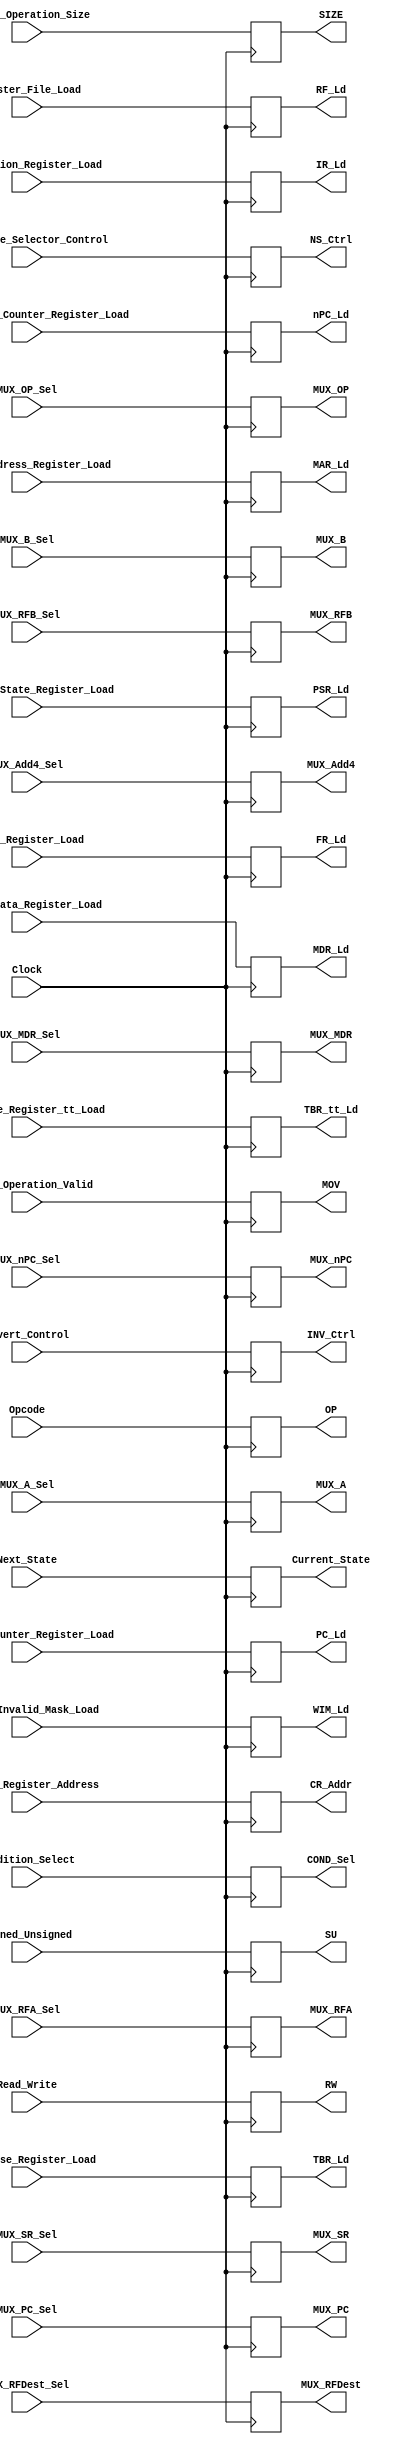
module Control_Register (
						/* -------------------- Output -------------------- */
						// Register Load Enable Control Signals
						output reg RF_Ld,
						output reg FR_Ld,
						output reg IR_Ld,
						output reg MAR_Ld,
						output reg MDR_Ld,
						output reg PSR_Ld,
						output reg nPC_Ld,
						output reg PC_Ld,
						output reg TBR_Ld,
						output reg TBR_tt_Ld,
						output reg WIM_Ld,
						// Multiplexer Select Control Signals
						output reg [1:0] MUX_A,
						output reg [1:0] MUX_B,
						output reg [1:0] MUX_OP,
						output reg [1:0] MUX_RFA,
						output reg [1:0] MUX_RFB,
						output reg [2:0] MUX_RFDest,
						output reg [1:0] MUX_nPC,
						output reg [1:0] MUX_PC,
						output reg [1:0] MUX_Add4,
						output reg [1:0] MUX_MDR,
						output reg [1:0] MUX_SR,
						// Memory Control Signals
						output reg RW,
						output reg MOV,
						output reg [1:0] SIZE,
						output reg SU,
						// Other Control Signals
						output reg [5:0] OP,
						// Feedback Control Signals
						output reg [8:0] CR_Addr,
						output reg [2:0] NS_Ctrl,
						output reg INV_Ctrl,
						output reg [1:0] COND_Sel,
						// Debugging
						output reg [8:0] Current_State,
						/* -------------------- Input -------------------- */
						// Register Load Enable Control Signals
						input Register_File_Load,
						input Flags_Register_Load,
						input Instruction_Register_Load,
						input Memory_Address_Register_Load,
						input Memory_Data_Register_Load,
						input Processor_State_Register_Load,
						input Next_Program_Counter_Register_Load,
						input Program_Counter_Register_Load,
						input Trap_Base_Register_Load,
						input Trap_Base_Register_tt_Load,
						input Window_Invalid_Mask_Load,
						// Multiplexer Select Control Signals
						input [1:0] MUX_A_Sel,
						input [1:0] MUX_B_Sel,
						input [1:0] MUX_OP_Sel,
						input [1:0] MUX_RFA_Sel,
						input [1:0] MUX_RFB_Sel,
						input [2:0] MUX_RFDest_Sel,
						input [1:0] MUX_PC_Sel,
						input [1:0] MUX_nPC_Sel,
						input [1:0] MUX_Add4_Sel,
						input [1:0] MUX_MDR_Sel,
						input [1:0] MUX_SR_Sel,
						// Memory Control Signals
						input Read_Write,
						input Memory_Operation_Valid,
						input [1:0] Memory_Operation_Size,
						input Signed_Unsigned,
						// Other Control Signals
						input [5:0] Opcode,
						// Feedback Control Signals
						input [8:0] Control_Register_Address,
						input [2:0] Next_State_Selector_Control,
						input Invert_Control,
						input [1:0] Condition_Select,
						// Clock
						input Clock,
						// Debugging
						input [8:0] Next_State
						);
						
	always @ (negedge Clock)
		begin
		RF_Ld <= Register_File_Load;
		FR_Ld <= Flags_Register_Load;
		IR_Ld <= Instruction_Register_Load;
		MAR_Ld <= Memory_Address_Register_Load;
		MDR_Ld <= Memory_Data_Register_Load;
		PSR_Ld <= Processor_State_Register_Load;
		nPC_Ld <= Next_Program_Counter_Register_Load;
		PC_Ld <= Program_Counter_Register_Load;
		TBR_Ld <= Trap_Base_Register_Load;
		TBR_tt_Ld <= Trap_Base_Register_tt_Load;
		WIM_Ld <= Window_Invalid_Mask_Load;
		// Multiplexer Select Control Signals
		MUX_A <= MUX_A_Sel;
		MUX_B <= MUX_B_Sel;
		MUX_OP <= MUX_OP_Sel;
		MUX_RFA <= MUX_RFA_Sel;
		MUX_RFB <= MUX_RFB_Sel;
		MUX_RFDest <= MUX_RFDest_Sel;
		MUX_nPC <= MUX_nPC_Sel;
		MUX_PC <= MUX_PC_Sel;
		MUX_Add4 <= MUX_Add4_Sel;
		MUX_MDR <= MUX_MDR_Sel;
		MUX_SR <= MUX_SR_Sel;
		// Memory Control Signals
		RW <= Read_Write;
		MOV <= Memory_Operation_Valid;
		SIZE <= Memory_Operation_Size;
		SU <= Signed_Unsigned;
		// Other Control Signals
		OP <= Opcode;
		// Feedback Control Signals
		CR_Addr <= Control_Register_Address;
		NS_Ctrl <= Next_State_Selector_Control;
		INV_Ctrl <= Invert_Control;
		COND_Sel <= Condition_Select;
		// Debugging
		Current_State <= Next_State;
		end
endmodule